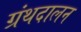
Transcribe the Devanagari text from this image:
ग्रंथदालन